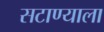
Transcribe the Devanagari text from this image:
सटाण्याला